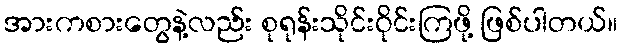
အားကစားတွေနဲ့လည်း စုရုန်းသိုင်းဝိုင်းကြဖို့ ဖြစ်ပါတယ်။